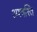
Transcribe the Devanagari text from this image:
अश्वस्ति